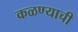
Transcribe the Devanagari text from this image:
कळण्याची